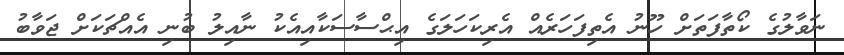
ނަވާލުގެ ކޯތާފަތަށް ހޫނު އެތިފަހަރެއް އެރިކަހަލަގެ އިޙްސާސަކާއިއެކު ނާއިލު ބުނި އެއްޗަކަށް ޖަވާބު